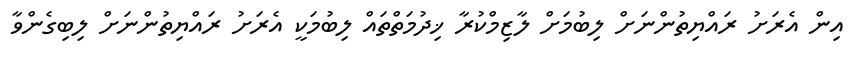
އިން އެރަށު ރައްޔިތުންނަށް ލިބުމަށް ލާޒިމްކުރާ ޚިދުމަތްތައް ލިބުމަކީ އެރަށު ރައްޔިތުންނަށް ލިބިގެންވާ